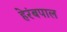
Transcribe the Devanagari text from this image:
हेरंबपाल